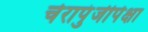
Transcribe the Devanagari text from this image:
चेरापुंजीपेक्षा